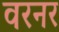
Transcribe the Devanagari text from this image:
वरनर